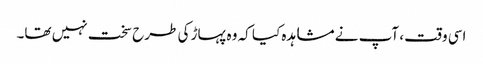
اسی وقت ، آپ نے مشاہدہ کیا کہ وہ پہاڑ کی طرح سخت نہیں تھا۔